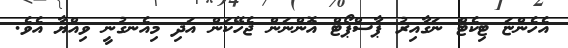
އެހެންޏަ ޓިކެޓް ނަގާއިރު ޕާސްޕޯޓް އޮންނަން ޖެހޭކަން އަދި މިއެނގުނީ ވިއްޔާ އެވެ.